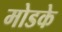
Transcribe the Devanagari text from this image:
मोडके